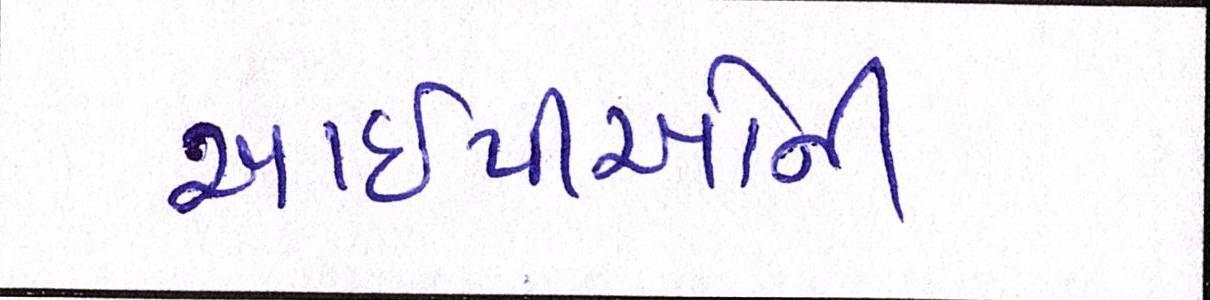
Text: આઇપીઓની